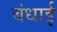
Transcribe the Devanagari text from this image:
बंधाई